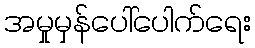
အမှုမှန်ပေါ်ပေါက်ရေး